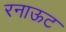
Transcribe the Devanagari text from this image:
रनाऊट